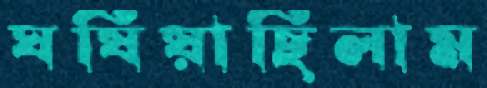
ঘষিয়াছিলাম